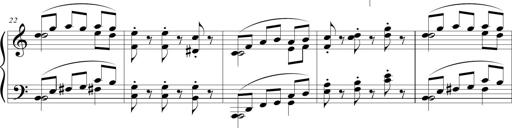
Title: Beatrice Bellaboomboom
Composer: Michel Rondeau
Key: A minor